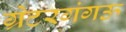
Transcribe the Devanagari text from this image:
ग्रेटरगंगऊ